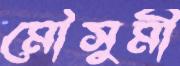
মৌসুমী